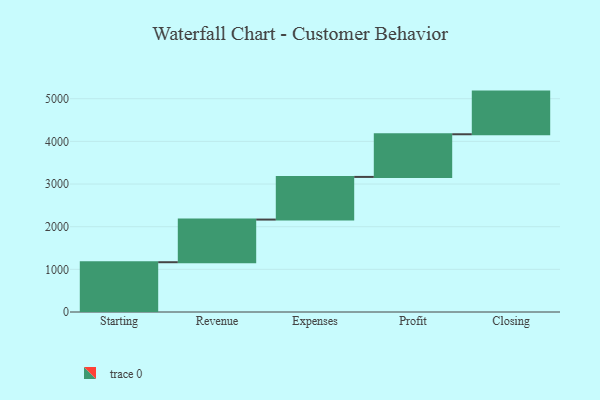
{"axis": {"x": "Step", "y": "Value"}, "legend": [""], "data": [{"x": "Starting", "y": 1167.0, "type": ""}, {"x": "Revenue", "y": 1000, "type": ""}, {"x": "Expenses", "y": 1000, "type": ""}, {"x": "Profit", "y": 1000, "type": ""}, {"x": "Closing", "y": 1000, "type": ""}]}